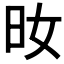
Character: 𣅓